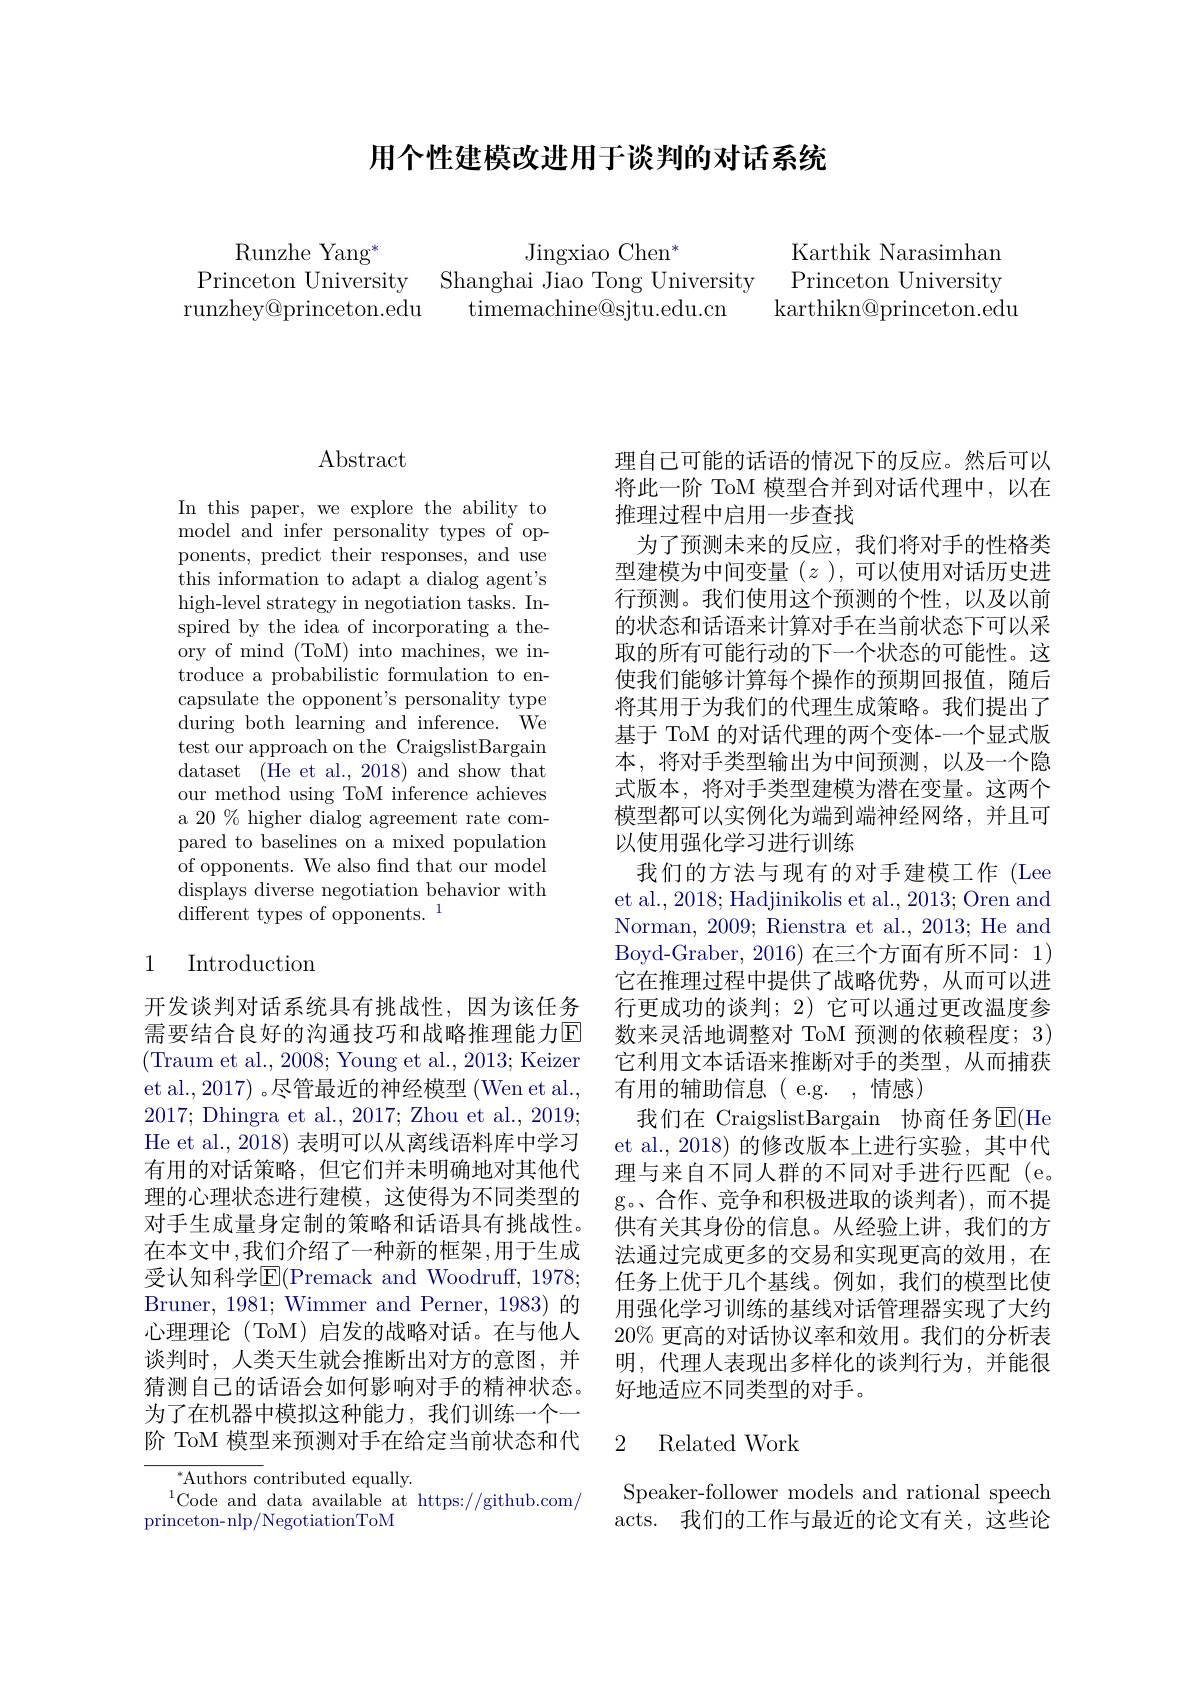
用个性建模改进用于谈判的对话系统

Runzhe Yang$^*$
Jingxiao Chen$^*$
Princeton University Shanghai Jiao Tong University
runzhey@princeton.edu
timemachine@sjtu.edu.cn

Karthik Narasimhan Princeton University
karthikn@ princeton. edu

## $\operatorname{Abstract}$

In this paper, we explore the ability to model and infer personality types of opponents, predict their responses, and use this information to adapt a dialog agent's high-level strategy in negotiation tasks. Inspired by the idea of incorporating a theory of mind (ToM) into machines, we introduce a probabilistic formulation to encapsulate the opponent's personality type during both learning and inference. We test our approach on the CraigslistBargain dataset (He et al., 2018) and show that our method using ToM inference achieves a 20 % higher dialog agreement rate compared to baselines on a mixed population of opponents. We also find that our model displays diverse negotiation behavior with different types of opponents.$^{1}$

## 1 Introduction

开发谈判对话系统具有挑战性，因为该任务需要结合良好的沟通技巧和战略推理能力回(Traum et al., 2008; Young et al., 2013; Keizer et al., 2017) 。尽管最近的神经模型 (Wen et al., 2017; Dhingra et al., 2017; Zhou et al., 2019; He et al., 2018) 表明可以从离线语料库中学习有用的对话策略，但它们并未明确地对其他代理的心理状态进行建模，这使得为不同类型的对手生成量身定制的策略和话语具有挑战性。在本文中，我们介绍了一种新的框架，用于生成受认知科学E(Premack and Woodruff, 1978; Bruner, 1981; Wimmer and Perner, 1983) 的心理理论 (ToM) 启发的战略对话。在与他人谈判时，人类天生就会推断出对方的意图，并猜测自己的话语会如何影响对手的精神状态。为了在机器中模拟这种能力，我们训练一个一阶 ToM 模型来预测对手在给定当前状态和代

$^*$Authors contributed equally.
$^{1}$Code and data available at https://github.com/
princeton-nlp/NegotiationToM

理自己可能的话语的情况下的反应。然后可以将此一阶 ToM 模型合并到对话代理中，以在推理过程中启用一步查找
为了预测未来的反应，我们将对手的性格类型建模为中间变量$(z)$,可以使用对话历史进行预测。我们使用这个预测的个性，以及以前的状态和话语来计算对手在当前状态下可以采取的所有可能行动的下一个状态的可能性。这使我们能够计算每个操作的预期回报值，随后将其用于为我们的代理生成策略。我们提出了基于 ToM 的对话代理的两个变体-一个显式版本，将对手类型输出为中间预测，以及一个隐式版本，将对手类型建模为潜在变量。这两个模型都可以实例化为端到端神经网络，并且可以使用强化学习进行训练
我们的方法与现有的对手建模工作 (Lee et al., 2018; Hadjinikolis et al., 2013; Oren and Norman, 2009; Rienstra et al., 2013; He and Boyd- Graber, 2016) 在 三 个 方 面 有 所 不 同 : 1) 它在推理过程中提供了战略优势，从而可以进行更成功的谈判；2)它可以通过更改温度参数来灵活地调整对 ToM 预测的依赖程度；3) 它利用文本话语来推断对手的类型，从而捕获有用的辅助信息(e.g.,情感)
我们在 CraigslistBargain 协商任务$\overline{\mathrm{E}}($He et al., 2018) 的修改版本上进行实验，其中代理与来自不同人群的不同对手进行匹配(e。g。、合作、竞争和积极进取的谈判者),而不提供有关其身份的信息。从经验上讲，我们的方法通过完成更多的交易和实现更高的效用，在任务上优于几个基线。例如，我们的模型比使用强化学习训练的基线对话管理器实现了大约$20\%$更高的对话协议率和效用。我们的分析表明，代理人表现出多样化的谈判行为，并能很好地适应不同类型的对手。

### 2 Related Work

Speaker-follower models and rational speech acts. 我们的工作与最近的论文有关，这些论